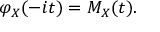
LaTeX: \varphi _ { X } ( - i t ) = M _ { X } ( t ) .